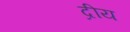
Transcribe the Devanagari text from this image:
द्रीय